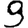
Digit: 9